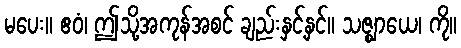
မပေး။ ဧဝံ၊ ဤသို့အကုန်အစင် ချည်းနှင့်နှင်။ သဇ္ဈာယေ၊ ကို။